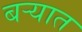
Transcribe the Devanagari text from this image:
बऱ्यात